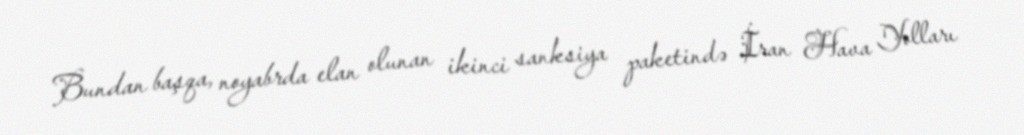
Bundan başqa, noyabrda elan olunan ikinci sanksiya paketində İran Hava Yolları